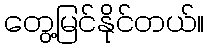
တွေ့မြင်နိုင်တယ်။